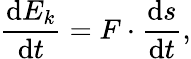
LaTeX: {\frac{\mathrm{d}E_{k}}{\mathrm{d}t}}=F\cdot{\frac{\mathrm{d}s}{\mathrm{d}t}},